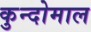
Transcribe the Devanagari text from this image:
कुन्दोमाल